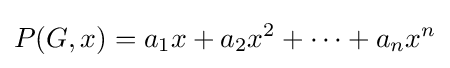
P(G,x)=a_{1}x+a_{2}x^{2}+\cdots +a_{n}x^{n}